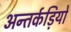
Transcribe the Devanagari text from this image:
अन्तर्कड़ियों